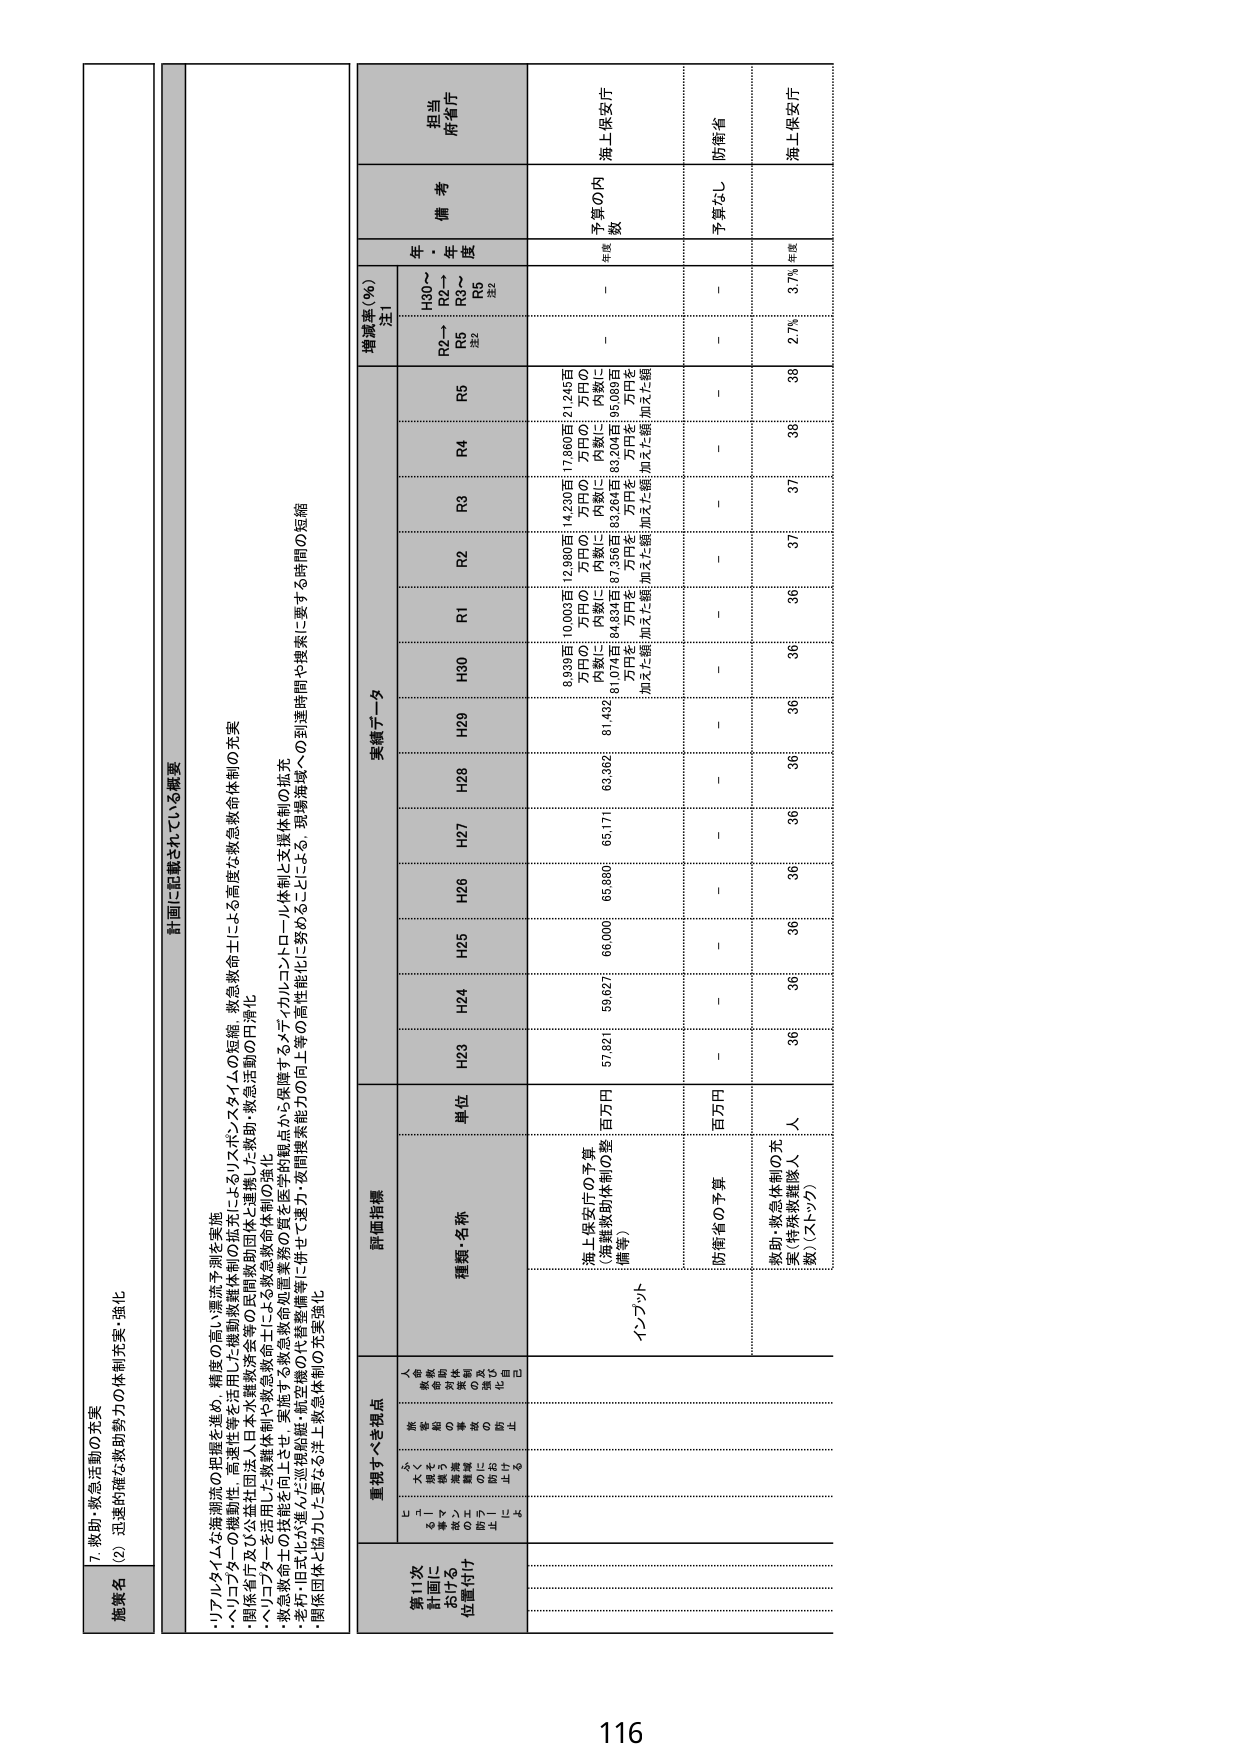
7.救助・救急活動の充実
(2) 迅速的・高度な救助努力の体制充実・強化

施策名

計画に記載されている概要
・リアルタイムな海潮流の把握を進め、精度の高い漂流予測を実施
・ヘリコプターの機動性・高速性等を活用した機動救難体制の拡充によるレスポンスタイムの短縮、救急救命士による高度な救急救命体制の充実
・関係省庁及び公益社団法人日本水難救済会等の民間救助団体と連携した救助・救急活動の円滑化
・ヘリコプターを活用した救難救助や救助・救急救命士による救急救命体制の強化
・救急救命士の技能を向上させ、車両や救急救命処置業務の質を定性的観点から保障するメタ・イノルコントロール体制と支援体制の拡充
・老朽化が進んだ巡視船艇（航空機等）の代替整備等に併せて速力・夜間捜索能力の向上等の高性能化に努めることによる、現場海域への到達時間や捜索に要する時間の短縮
・関係団体と協力した更なる洋上救急体制の充実強化

第11次
計画に
おける
位置付け

重視すべき視点
（＝今後重点的に取り組むべき課題）
・救助・救急活動の質の向上
・救助・救急活動の効率化
・救助・救急活動の円滑化
・救助・救急活動の安全確保
・救助・救急活動の迅速化
・救助・救急活動の高度化

評価指標
種類・名称
単位

実績データ
H23
H24
H25
H26
H27
H28
H29
H30
R1
R2
R3
R4
R5
H30～R2年度
R2～R5年度
増減率（％）注1

備考
担当
所管庁

インプット
海上保安庁の予算
（海難救助体制の整備等）
百万円
8,939百万円の内数に81,074百万円を加えた額
10,003百万円の内数に84,834百万円を加えた額
12,960百万円の内数に87,356百万円を加えた額
14,230百万円の内数に83,264百万円を加えた額
17,860百万円の内数に83,204百万円を加えた額
21,245百万円の内数に95,089百万円を加えた額
－
－
予算の内数
年度
海上保安庁

防衛省の予算
百万円
－
－
－
－
－
－
－
－
－
－
予算なし
防衛省

救助・救急体制の充実（特殊救難隊人数）（ストップ）
人
36
36
36
36
36
36
36
36
36
37
38
2.7%
3.7%
年度
海上保安庁

116